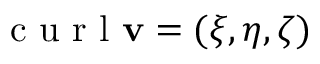
\textrm { c u r l } \mathbf { v } = ( \xi , \eta , \zeta )